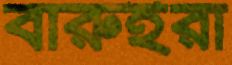
বারুইরা